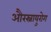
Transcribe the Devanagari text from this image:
औरस्नायुरोग